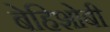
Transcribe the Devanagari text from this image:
बेहिशोबी